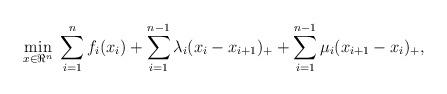
LaTeX: \begin{align*} \min_{x\in\Re^n} \; \sum_{i=1}^{n} f_i(x_i) + \sum_{i=1}^{n-1} \lambda_{i} (x_i - x_{i+1})_{+} + \sum_{i=1}^{n-1} \mu_{i} (x_{i+1} - x_{i})_{+},\end{align*}